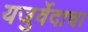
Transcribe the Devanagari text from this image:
यजुर्वेदाचा